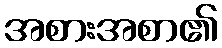
အစားအစာ၏